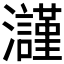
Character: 𤄲